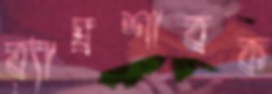
ব্যাঘ্রশাবক